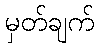
မှတ်ချက်